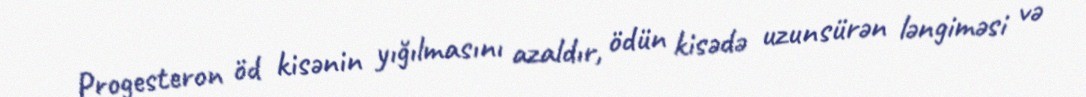
Progesteron öd kisənin yığılmasını azaldır, ödün kisədə uzunsürən ləngiməsi və